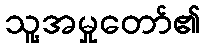
သူ့အမှုတော်၏